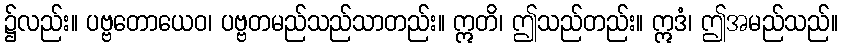
၌လည်း။ ပဗ္ဗတောယေဝ၊ ပဗ္ဗတမည်သည်သာတည်း။ ဣတိ၊ ဤသည်တည်း။ ဣဒံ၊ ဤအမည်သည်။